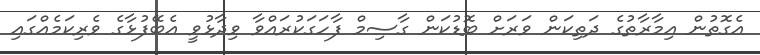
އެގޮތުން އިމާރާތުގެ ދަތިކަން ވަރަށް ބޮޑުކަން ގާސިމް ފާހަގަކުރައްވާ ވިދާޅުވީ އެބޭފުޅާގެ ވެރިކަމެއްގައި